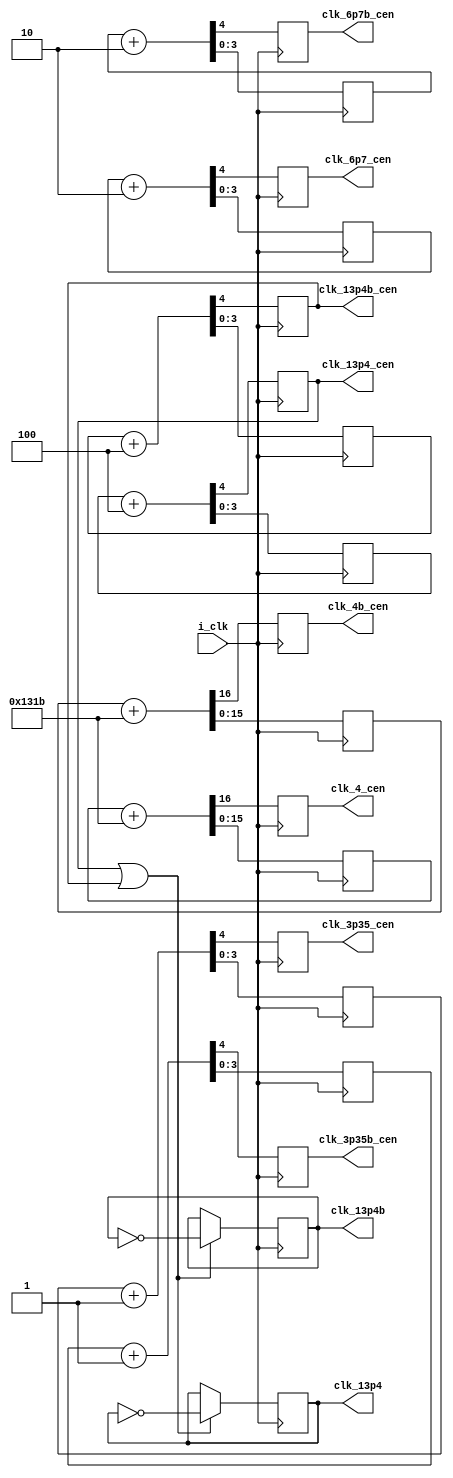
//AlphaMissionCoreClocks_Cen.v
//clk_i   53.6MHz
//clk_i_n 53.6MHz shifted 180 degrees.
`default_nettype none
`timescale 1ns/1ps

module AlphaMissionCoreClocks_Cen (
    input wire  i_clk,
    output wire clk_13p4_cen,
    output wire clk_13p4,
    output wire clk_13p4b_cen,
    output wire clk_13p4b,
    output wire clk_6p7_cen,
    output wire clk_6p7b_cen,
    output wire clk_3p35_cen,
    output wire clk_3p35b_cen,
    output wire clk_4_cen,
    output wire clk_4b_cen
);
    reg ck_stb1=1'b0;
    reg ck_stb2=1'b0;
    reg ck_stb3=1'b0;
    reg ck_stb4=1'b0;
    reg ck_stb5=1'b0;
    reg ck_stb6=1'b0;
    reg ck_stb7=1'b0;
    reg ck_stb8=1'b0;

    //--------- 13.4 MHz ---------
    reg	[3:0] counter1=4'h4; //16'hC000
    reg clk_13p4_r = 0;
    reg [3:0] counter2=4'hC; //16'h4000
    reg clk_13p4b_r = 0;

    //-------- 6.7 MHz ---------
    reg	[3:0] counter3=4'hE; //16'hE000
    reg [3:0] counter4=4'h6; //16'h6000
    //-------- 3.35 MHz---------
    reg	[3:0] counter5=4'hF; //16'hF000
    reg [3:0] counter6=4'h7; //16'h7000
    //---3---- 4 MHz ------------
    reg	[15:0] counter7=16'd63583;
    reg [15:0] counter8=16'd30815;

    //--------- 13.4 MHz ---------
    always @(negedge i_clk) begin
            { ck_stb1, counter1 } <= counter1 + 4'h4; //13.4MHz
    end

    assign clk_13p4_cen = ck_stb1;

    always @(posedge i_clk)
        if (clk_13p4_cen || clk_13p4b_cen) begin
            clk_13p4_r <= ~clk_13p4_r;
            clk_13p4b_r <= ~clk_13p4b_r;
        end 
    assign clk_13p4 = clk_13p4_r;
    assign clk_13p4b = clk_13p4b_r;

    always @(negedge i_clk) begin
            { ck_stb2, counter2 } <= counter2 + 4'h4    ; //13.4MHz 180degrees shifted
    end

    assign clk_13p4b_cen = ck_stb2;

    //--------- 6.7 MHz ----------
    always @(negedge i_clk) begin
            { ck_stb3, counter3 } <= counter3 + 4'h2; //6.7MHz
    end

    always @(negedge i_clk) begin
            { ck_stb4, counter4 } <= counter4 + 4'h2; //6.7MHz 180 degrees shifted
    end
    
    assign clk_6p7_cen = ck_stb3;
    assign clk_6p7b_cen = ck_stb4;

    //--------- 3.35 MHz ---------
    always @(negedge i_clk) begin
            { ck_stb5, counter5 } <= counter5 + 4'h1; //3.35MHz
    end

    always @(negedge i_clk) begin
            { ck_stb6, counter6 } <= counter6 + 4'h1; //3.35MHz 180 degrees shifted
    end

    assign clk_3p35_cen = ck_stb5;
    assign clk_3p35b_cen = ck_stb6;
    //--------- 4 MHz ------------
    always @(negedge i_clk) begin
            { ck_stb7, counter7 } <= counter7 + 16'd4891;//4MHz
    end

    always @(negedge i_clk) begin
            { ck_stb8, counter8 } <= counter8 + 16'd4891;//4MHz 180 degrees shifted
    end

    assign clk_4_cen = ck_stb7;
    assign clk_4b_cen = ck_stb8;
endmodule